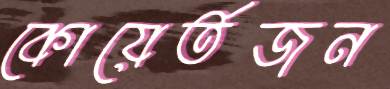
কোয়ের্তজন